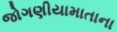
જોગણીયામાતાના